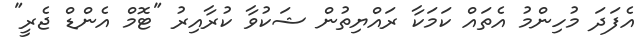
އެފަދަ މުހިންމު އެތައް ކަމަކާ ރައްޔިތުން ޝަކުވާ ކުރާއިރު "ޓޮމް އެންޑް ޖެރީ"